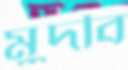
মুদবি